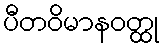
ပီတဝိမာနဝတ္ထု